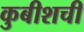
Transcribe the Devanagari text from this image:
कुबीशची